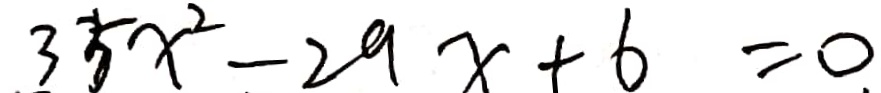
3 5 x ^ { 2 } - 2 9 x + 6 = 0